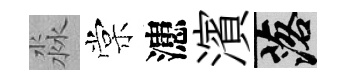
淼棠漶濱落